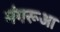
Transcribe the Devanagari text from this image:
मंगरूआ